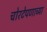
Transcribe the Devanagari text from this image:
चोरटेपणाच्या